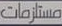
مستلزمات